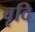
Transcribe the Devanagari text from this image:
वृदि